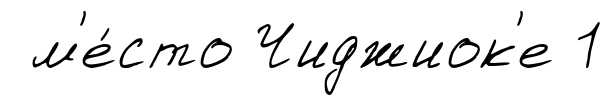
м'е́сто Чиджиок'е 1